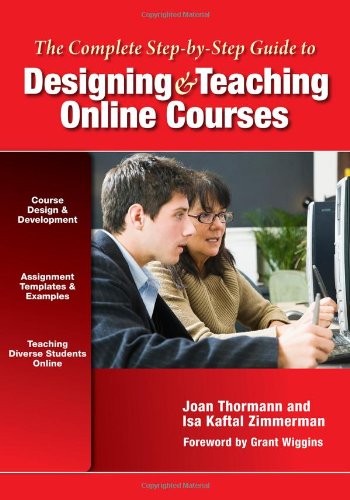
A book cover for The Complete Step-by-Step Guide to Designing and Teaching Online Courses (0); Joan Thormann; Education & Teaching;